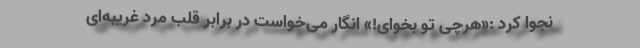
نجوا کرد :«هرچی تو بخوای!» انگار می‌خواست در برابر قلب مرد غریبه‌ای